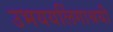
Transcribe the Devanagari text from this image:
उभययलिंगाश्रयी